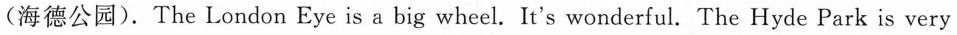
(海德公园).The London Eye is a big wheel. It's wonderful. The Hyde Park is very.